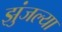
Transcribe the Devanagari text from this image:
झुंजल्या